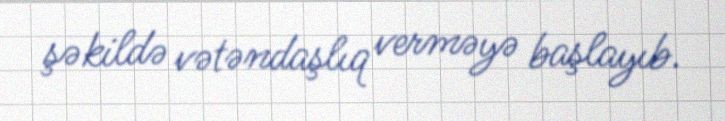
şəkildə vətəndaşlıq verməyə başlayıb.